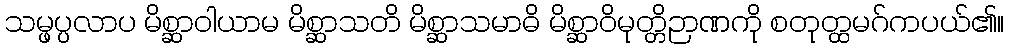
သမ္ဖပ္ပလာပ မိစ္ဆာဝါယာမ မိစ္ဆာသတိ မိစ္ဆာသမာဓိ မိစ္ဆာဝိမုတ္တိဉာဏကို စတုတ္ထမဂ်ကပယ်၏။